Vaccination returns of the Province of Eastern Bengal and Assam - 1905-1912
Year: 1905
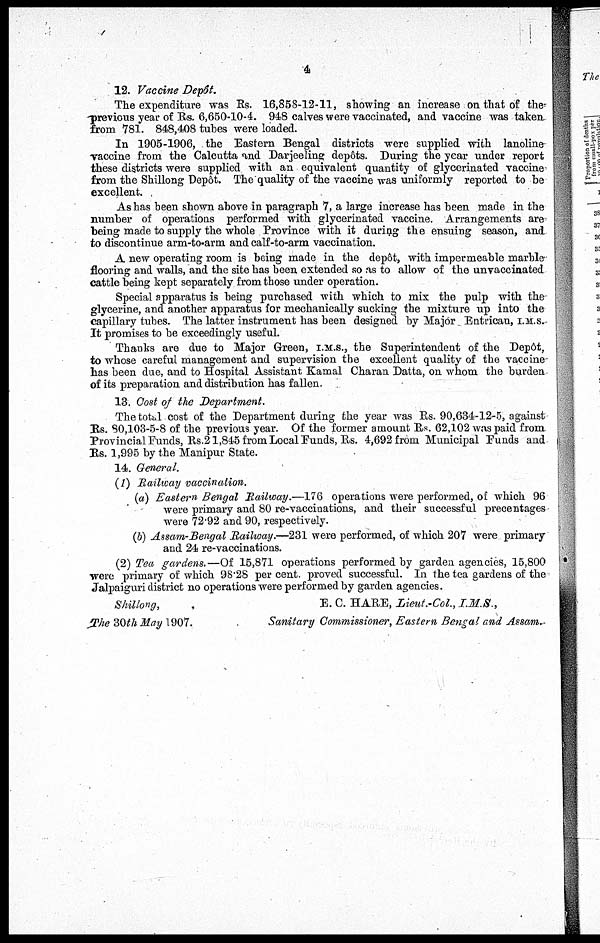
4
12. Vaccine Depôt.
The expenditure was Rs. 16,858-12-11, showing an increase on that of the
previous year of Rs. 6,650-10-4. 948 calves were vaccinated, and vaccine was taken.
from 781. 848,408 tubes were loaded.
In 1905-1906, the Eastern Bengal districts were supplied with lanoline-
vaccine from the Calcutta and Darjeeling depôts. During the year under report
these districts were supplied with an equivalent quantity of glycerinated vaccine
from the Shillong Depôt. The quality of the vaccine was uniformly reported to be
excellent.
As has been shown above in paragraph 7, a large increase has been made in the
number of operations performed with glycerinated vaccine. Arrangements are
being made to supply the whole Province with it during the ensuing season, and
to discontinue arm-to-arm and calf-to-arm vaccination.
A new operating room is being made in the depôt, with impermeable marble
flooring and walls, and the site has been extended so as to allow of the unvaccinated
cattle being kept separately from those under operation.
Special apparatus is being purchased with which to mix the pulp with the
glycerine, and another apparatus for mechanically sucking the mixture up into the
capillary tubes. The latter instrument has been designed by Major Entrican, I.M.S.
It promises to be exceedingly useful.
Thanks are due to Major Green, I.M.S., the Superintendent of the Depôt,
to whose careful management and supervision the excellent quality of the vaccine
has been due, and to Hospital Assistant Kamal Charan Datta, on whom the burden
of its preparation and distribution has fallen.
13. Cost of the Department.
The total cost of the Department during the year was Rs. 90,634-12-5, against
Rs. 80,103-5-8 of the previous year. Of the former amount Rs. 62,102 was paid from
Provincial Funds, Rs.21,845 from Local Funds, Rs. 4,692 from Municipal Funds and
Rs. 1,995 by the Manipur State.
14. General.
(1) Railway vaccination.
(a) Eastern Bengal Railway.—176 operations were performed, of which 96
were primary and 80 re-vaccinations, and their successful precentages
were 72.92 and 90, respectively.
(b) Assam-Bengal Railway.—231 were performed, of which 207 were primary
and 24 re-vaccinations.
(2) Tea gardens.—Of 15,871 operations performed by garden agencies, 15,800
were primary of which 98.28 per cent. proved successful. In the tea gardens of the
Jalpaiguri district no operations were performed by garden agencies.
Shillong,
The 30th may 1907.
E. C. HARE, Lieut.-Col., I.M.S.,
Sanitary Commissioner, Eastern Bengal and Assam.